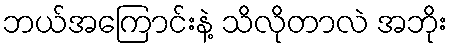
ဘယ်အကြောင်းနဲ့ သိလိုတာလဲ အဘိုး